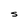
Character: S